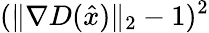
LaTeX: (\lVert\nabla D(\hat{x})\rVert_{2}-1)^{2}